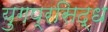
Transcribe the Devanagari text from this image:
युगप्रसिद्ध